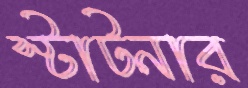
স্টাটনার